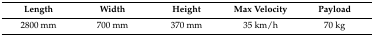
<table><thead><tr><td><b>Length</b></td><td><b>Width</b></td><td><b>Height</b></td><td><b>Max Velocity</b></td><td><b>Payload</b></td></tr></thead><tbody><tr><td>2800 mm</td><td>700 mm</td><td>370 mm</td><td>35 km/h</td><td>70 kg</td></tr></tbody></table>